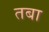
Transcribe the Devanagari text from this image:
तबा